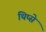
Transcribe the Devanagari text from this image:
थिप्से